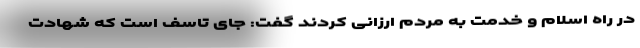
در راه اسلام و خدمت به مردم ارزانی کردند گفت: جای تاسف است که شهادت